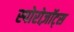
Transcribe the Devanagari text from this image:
स्पोरोज़ॉट्स